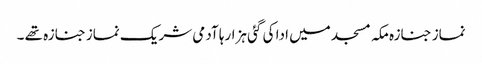
نماز جنازہ مکہ مسجد میں ادا کی گئی ہزارہا آدمی شریک نماز جنازہ تھے ۔